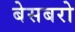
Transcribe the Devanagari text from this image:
बेसबरो